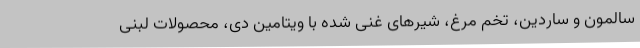
سالمون و ساردین، تخم مرغ، شیرهای غنی شده با ویتامین دی، محصولات لبنی